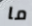
ما